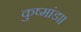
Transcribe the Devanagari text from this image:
कुष्मांडा।